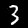
Label: 3